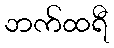
ဘက်ထရီ